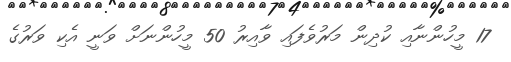
17 މީހުންނާއި ކުދިން މަރުވެފައި ވާއިރު 50 މީހުންނަށް ވަނީ އެކި ވަރުގެ